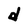
Character: d